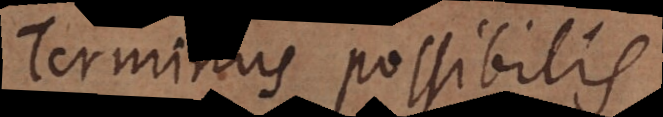
Terminus possibilis.